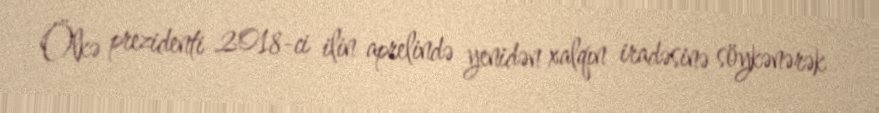
Ölkə prezidenti 2018-ci ilin aprelində yenidən xalqın iradəsinə söykənərək